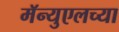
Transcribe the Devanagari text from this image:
मॅन्युएलच्या